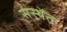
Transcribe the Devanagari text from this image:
संस्थेंत